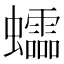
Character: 𧕅